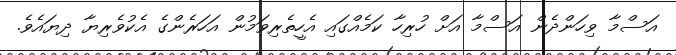
އަސްމާ ވިހަންދެން އަސްމާ އަށް ހުރިހާ ކަމެއްގައި އެހީތެރިވަމުން އަހަރެންގެ އެކުވެރިޔާ ދިޔައެވެ.